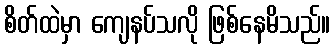
စိတ်ထဲမှာ ကျေနပ်သလို ဖြစ်နေမိသည်။